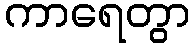
ကာရေတွာ